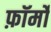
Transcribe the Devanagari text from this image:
फ़ॉर्मों